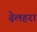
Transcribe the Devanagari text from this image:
ढ़ेलहरा